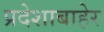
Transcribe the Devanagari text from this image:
प्रदेशाबाहेर